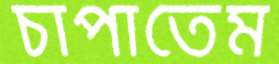
চাপাতেম